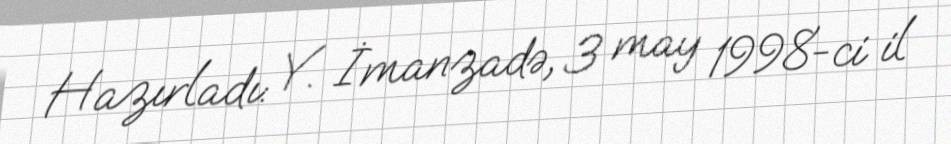
Hazırladı: Y. İmanzadə, 3 may 1998-ci il